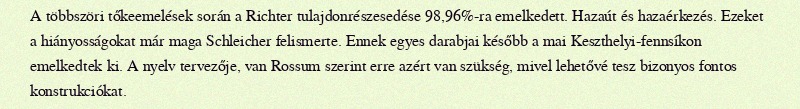
A többszöri tőkeemelések során a Richter tulajdonrészesedése 98,96%-ra emelkedett. Hazaút és hazaérkezés. Ezeket a hiányosságokat már maga Schleicher felismerte. Ennek egyes darabjai később a mai Keszthelyi-fennsíkon emelkedtek ki. A nyelv tervezője, van Rossum szerint erre azért van szükség, mivel lehetővé tesz bizonyos fontos konstrukciókat.